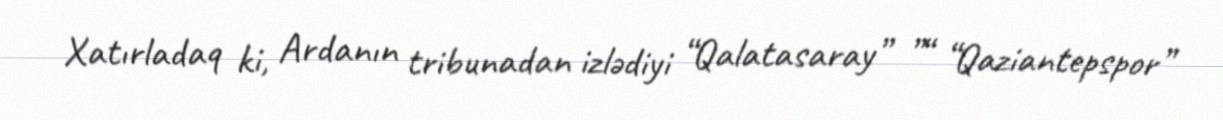
Xatırladaq ki, Ardanın tribunadan izlədiyi “Qalatasaray” ”“ “Qaziantepspor”